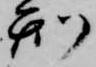
刑